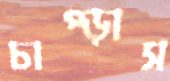
চাপ্‌ড়াস